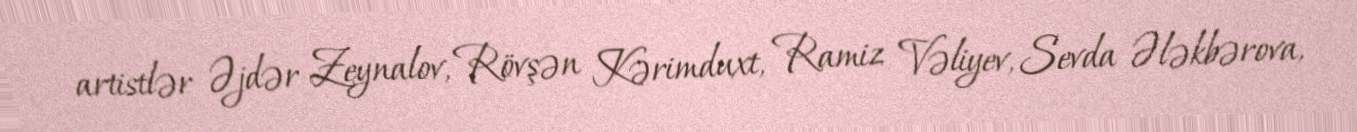
artistlər Əjdər Zeynalov, Rövşən Kərimduxt, Ramiz Vəliyev, Sevda Ələkbərova,